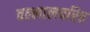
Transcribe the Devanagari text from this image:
वल्लालचरित